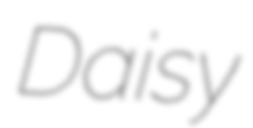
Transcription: Daisy